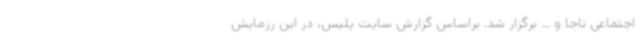
اجتماعی ناجا و ... برگزار شد. براساس گزارش سایت پلیس، در این رزمایش